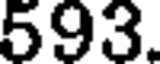
593.